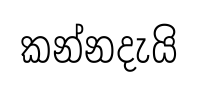
කන්නදැයි